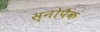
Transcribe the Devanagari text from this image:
स्नोपैक